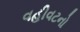
વહીવટનો